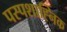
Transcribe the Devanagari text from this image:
पस्पशाह्निक